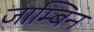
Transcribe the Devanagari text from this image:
जाम्बिन